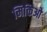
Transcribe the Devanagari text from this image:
मिकिओ